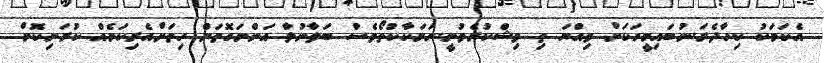
އެކަމަކު ކިހާދެރަ.ނުބައިމީހަކަށް ވިއްޔަ ތި ވިޝްކުރެވުނީ..ހަމަކާކުތޯވެސް ބަލާނުލާ އަންނަގޮތަށް ހިތަށްއެރިކަމެއް ކުރަނިކޮށް